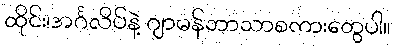
ထိုင်း၊အင်္ဂလိပ်နဲ့ ဂျာမန်ဘာသာစကားတွေပါ။